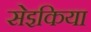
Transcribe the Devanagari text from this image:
सेइकिया